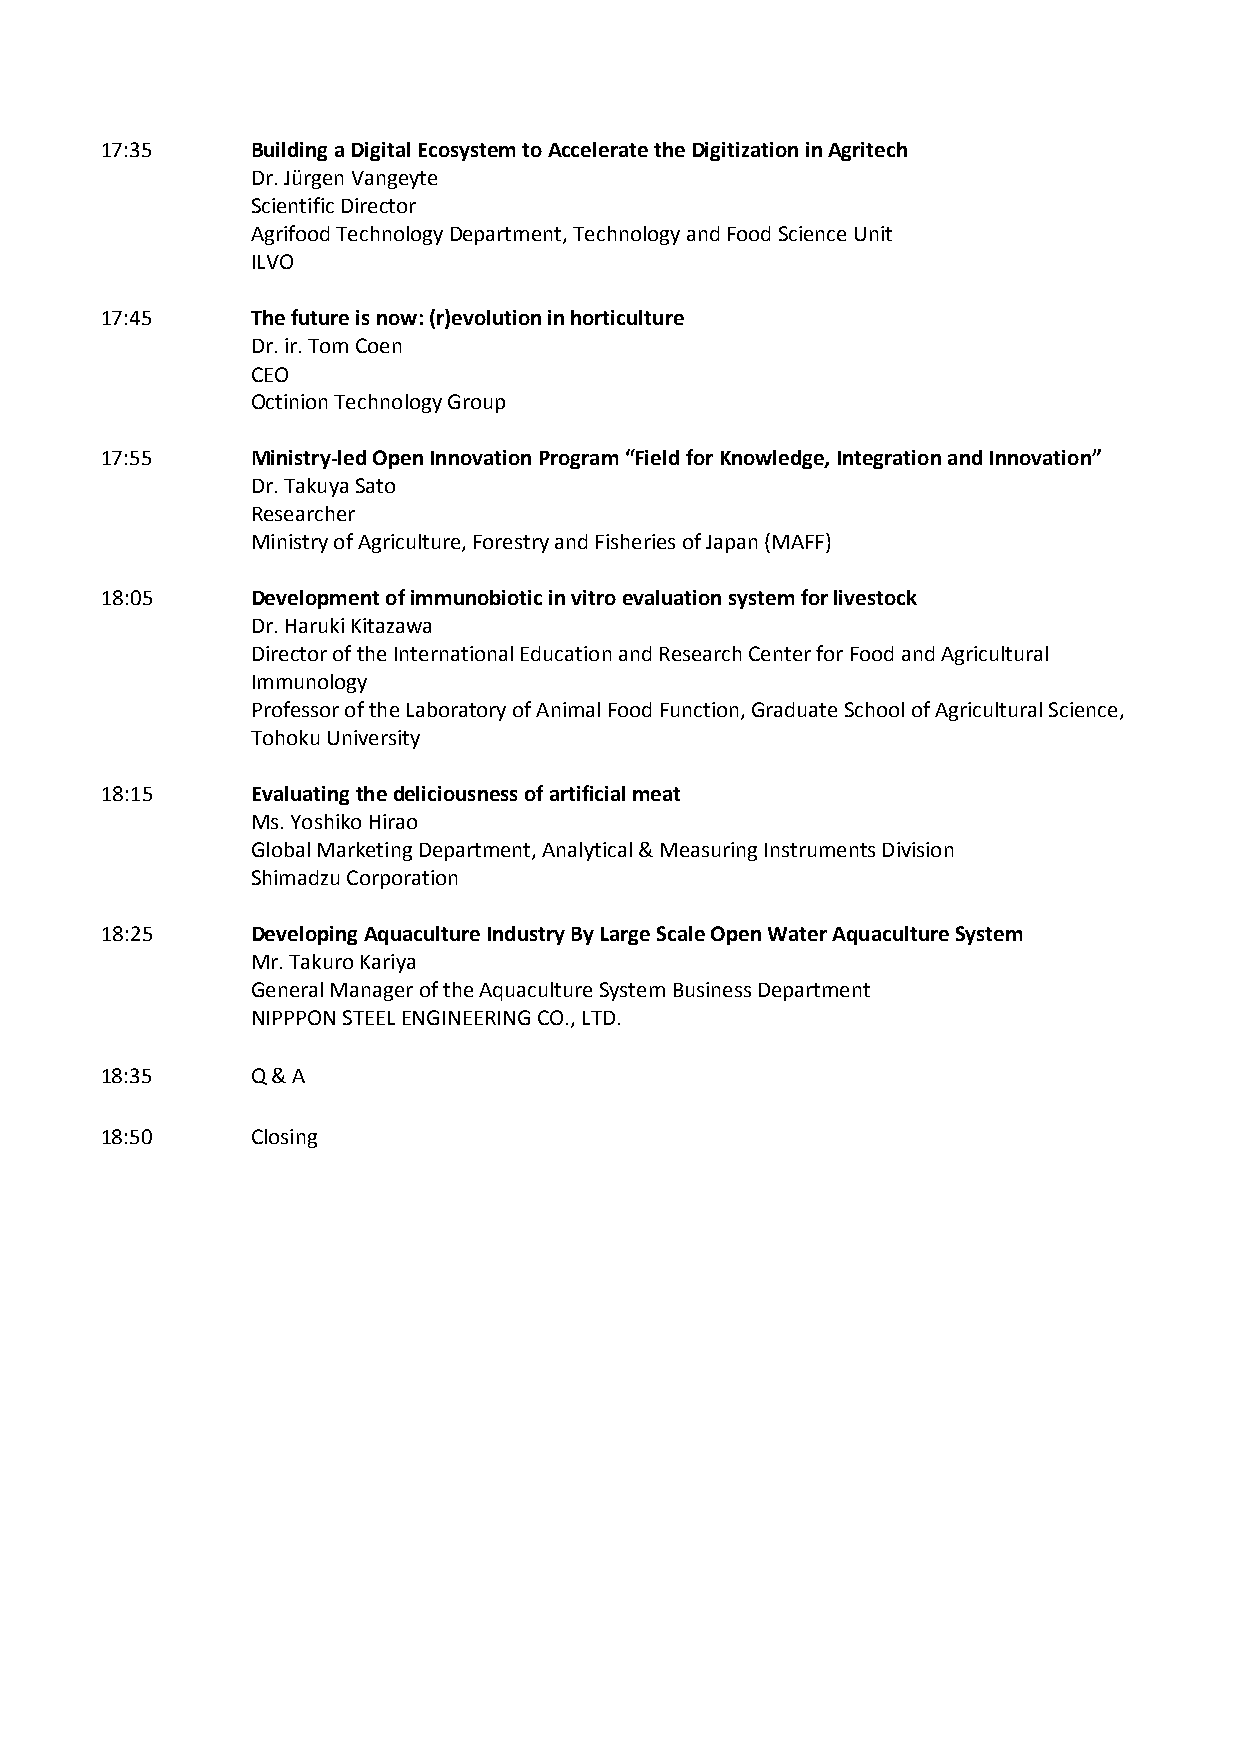
17:35     Building a Digital Ecosystem to Accelerate the Digitization in Agritech
 Dr. Jürgen Vangeyte
 Scientific Director
 Agrifood Technology Department, Technology and Food Science Unit
 ILVO
 17:45     The future is now: (r)evolution in horticulture
 Dr. ir. Tom Coen
 CEO
 Octinion Technology Group
 17:55     Ministry-led Open Innovation Program “Field for Knowledge, Integration and Innovation”
 Dr. Takuya Sato
 Researcher
 Ministry of Agriculture, Forestry and Fisheries of Japan (MAFF)
 18:05     Development of immunobiotic in vitro evaluation system for livestock
 Dr. Haruki Kitazawa
 Director of the International Education and Research Center for Food and Agricultural
 Immunology
 Professor of the Laboratory of Animal Food Function, Graduate School of Agricultural Science,
 Tohoku University
 18:15     Evaluating the deliciousness of artificial meat
 Ms. Yoshiko Hirao
 Global Marketing Department, Analytical & Measuring Instruments Division
 Shimadzu Corporation
 18:25     Developing Aquaculture Industry By Large Scale Open Water Aquaculture System
 Mr. Takuro Kariya
 General Manager of the Aquaculture System Business Department
 NIPPPON STEEL ENGINEERING CO., LTD.
 18:35     Q & A
 18:50     Closing